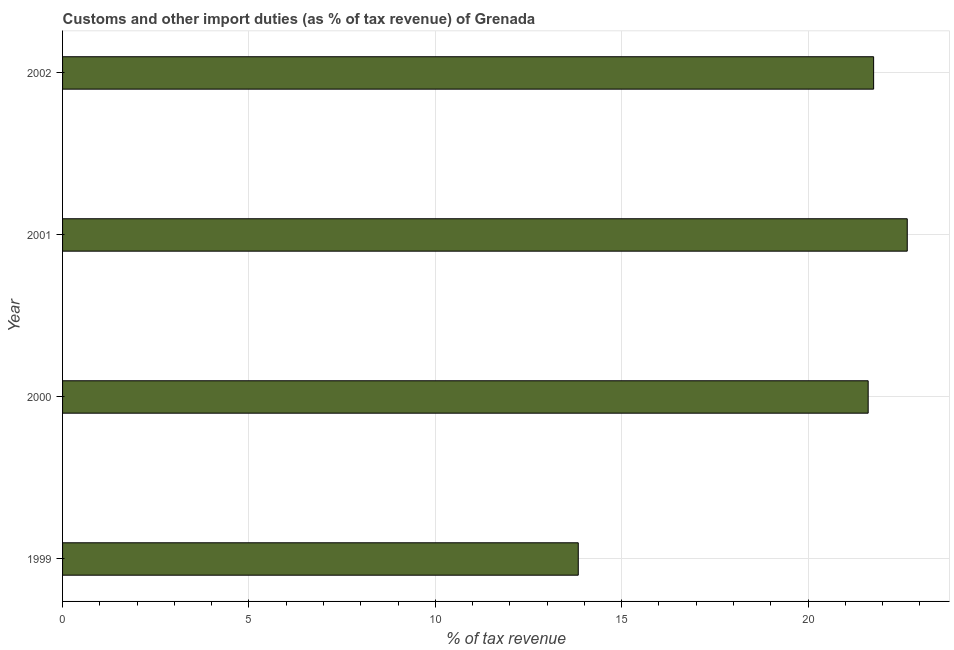
| Year | Customs and other import duties |
 | --- | --- |
 | 1999 | 13.8 |
 | 2000 | 21.6 |
 | 2001 | 22.7 |
 | 2002 | 21.8 |